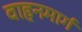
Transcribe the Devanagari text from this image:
वाहनमार्ग